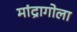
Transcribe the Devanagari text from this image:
मांद्रागोला